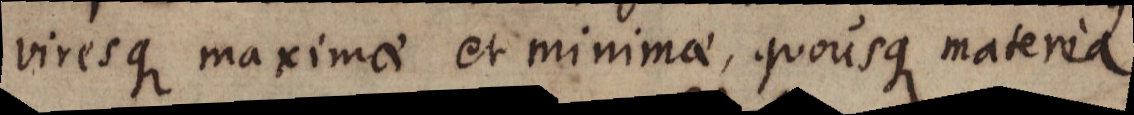
viresque maximae et minimae, quousque materia